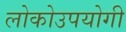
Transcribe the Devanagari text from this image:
लोकोउपयोगी